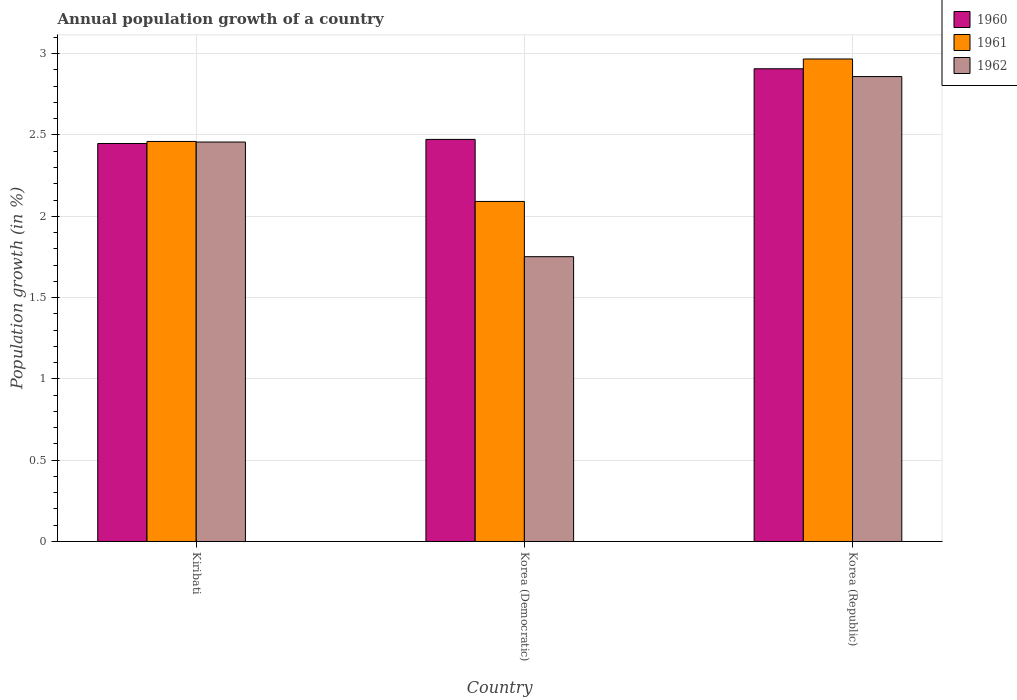
| Country | 1960 | 1961 | 1962 |
 | --- | --- | --- | --- |
 | Kiribati | 2.45 | 2.46 | 2.46 |
 | Korea (Democratic) | 2.47 | 2.09 | 1.75 |
 | Korea (Republic) | 2.91 | 2.97 | 2.86 |